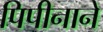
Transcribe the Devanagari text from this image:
पिपीनाने